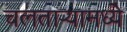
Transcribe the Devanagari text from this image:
चलताऱ्यामध्ये